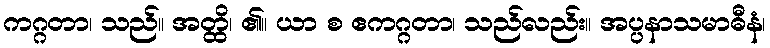
ကဂ္ဂတာ၊ သည်။ အတ္ထိ၊ ၏။ ယာ စ ဧကဂ္ဂတာ၊ သည်လည်း။ အပ္ပနာသမာဓီနံ၊